Vaccination in Burma 1912-1922 - 1912-1922
Year: 1912
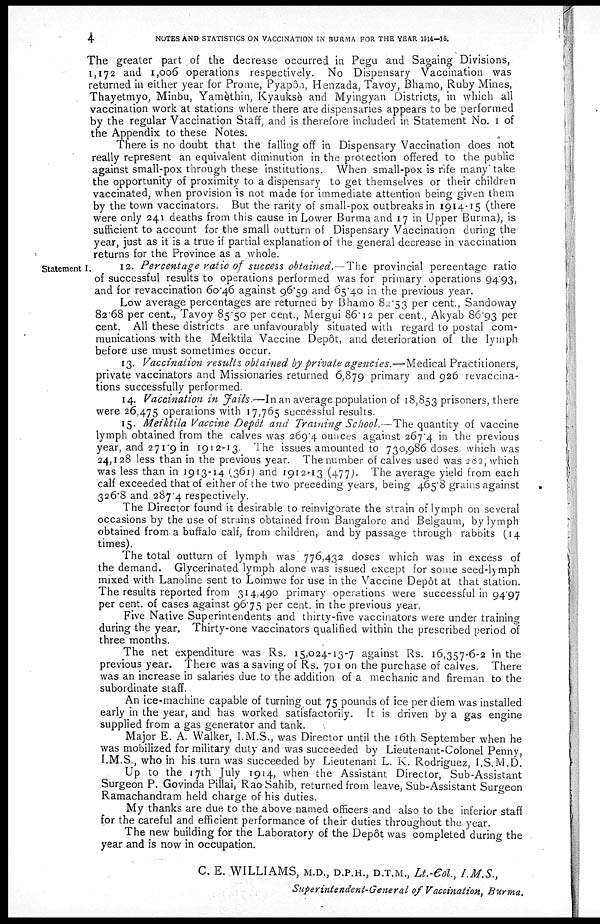
4
NOTES AND STATISTICS ON VACCINATION IN BURMA FOR THE YEAR 1914—15.
The greater part of the decrease occurred in Pegu and Sagaing Divisions,
1,172 and 1,006 operations respectively. No Dispensary Vaccination was
returned in either year for Prome, Pyapôn, Henzada, Tavoy, Bhamo, Ruby Mines,
Thayetmyo, Minbu, Yamèthin, Kyauksè and Myingyan Districts, in which all
vaccination work at stations where there are dispensaries appears to be performed
by the regular Vaccination Staff, and is therefore included in Statement No. I of
the Appendix to these Notes.
There is no doubt that the falling off in Dispensary Vaccination does not
really represent an equivalent diminution in the protection offered to the public
against small-pox through these institutions. When small-pox is rife many take
the opportunity of proximity to a dispensary to get themselves or their children
vaccinated, when provision is not made for immediate attention being given them
by the town vaccinators. But the rarity of small-pox outbreaks in 1914-15 (there
were only 241 deaths from this cause in Lower Burma and 17 in Upper Burma), is
sufficient to account for the small outturn of Dispensary Vaccination during the
year, just as it is a true if partial explanation of the general decrease in vaccination
returns for the Province as a whole.
Statement I.
12. Percentage ratio of success obtained.—The provincial percentage ratio
of successful results to operations performed was for primary operations 94.93,
and for revaccination 60.46 against 96.59 and 65.40 in the previous year.
Low average percentages are returned by Bhamo 82.53 per cent., Sandoway
82.68 per cent., Tavoy 85.50 per cent., Mergui 86.12 per cent., Akyab 86.93 per
cent. All these districts are unfavourably situated with regard to postal com-
munications with the Meiktila Vaccine Depôt, and deterioration of the lymph
before use must sometimes occur.
13. Vaccination results obtained by private agencies.—Medical Practitioners,
private vaccinators and Missionaries returned 6,879 primary and 926 revaccina-
tions successfully performed.
14. Vaccination in Jails.—In an average population of 18,853 prisoners, there
were 26,475 operations with 17,765 successful results.
15. Meiktila Vaccine Depôt and Training School.—The quantity of vaccine
lymph obtained from the calves was 269.4 ounces against 267.4 in the previous
year, and 271.9 in 1912-13. The issues amounted to 730,986 doses which was
24,128 less than in the previous year. The number of calves used was 282, which
was less than in 1913-14 (361) and 1912-13 (477). The average yield from each
calf exceeded that of either of the two preceding years, being 465.8 grains against
326.8 and 287.4 respectively.
The Director found it desirable to reinvigorate the strain of lymph on several
occasions by the use of strains obtained from Bangalore and Belgaum, by lymph
obtained from a buffalo calf, from children, and by passage through rabbits (14
times).
The total outturn of lymph was 776,432 doses which was in excess of
the demand. Glycerinated lymph alone was issued except for some seed-lymph
mixed with Lanoline sent to Loimwe for use in the Vaccine Depôt at that station.
The results reported from 314,490 primary operations were successful in 94.97
per cent. of cases against 96.75 per cent. in the previous year.
Five Native Superintendents and thirty-five vaccinators were under training
during the year. Thirty-one vaccinators qualified within the prescribed period of
three months.
The net expenditure was Rs. 15,024-13-7 against Rs. 16,357-6-2 in the
previous year. There was a saving of Rs. 701 on the purchase of calves. There
was an increase in salaries due to the addition of a mechanic and fireman to the
subordinate staff.
An ice-machine capable of turning out 75 pounds of ice per diem was installed
early in the year, and has worked satisfactorily. It is driven by a gas engine
supplied from a gas generator and tank.
Major E. A. Walker, I.M.S., was Director until the 16th September when he
was mobilized for military duty and was succeeded by Lieutenant-Colonel Penny,
I.M.S., who in his turn was succeeded by Lieutenant L. K. Rodriguez, I.S.M.D.
Up to the 17th July 1914, when the Assistant Director, Sub-Assistant
Surgeon P. Govinda Pillai, Rao Sahib, returned from leave, Sub-Assistant Surgeon
Ramachandram held charge of his duties.
My thanks are due to the above named officers and also to the inferior staff
for the careful and efficient performance of their duties throughout the year.
The new building for the Laboratory of the Depôt was completed during the
year and is now in occupation.
C. E. WILLIAMS, M.D., D.P.H., D.T.M., Lt.-Col., I.M.S.,
Superintendent-General of Vaccination, Burma.